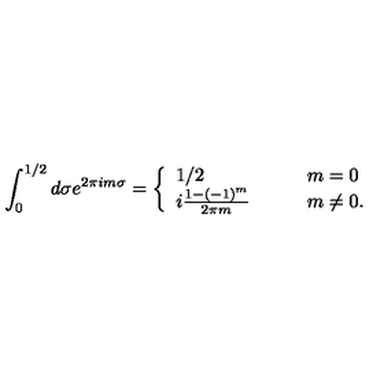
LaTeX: \int _ { 0 } ^ { 1 / 2 } d \sigma e ^ { 2 \pi i m \sigma } = \left\{ \begin{array} { l l } { 1 / 2 \qquad } & { m = 0 } \\ { i \frac { 1 - ( - 1 ) ^ { m } } { 2 \pi m } \qquad } & { m \neq 0 . } \\ \end{array} \right.